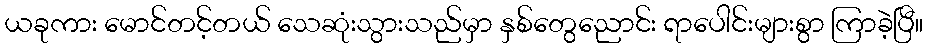
ယခုကား မောင်တင့်တယ် သေဆုံးသွားသည်မှာ နှစ်တွေညောင်း ရာပေါင်းများစွာ ကြာခဲ့ပြီ။